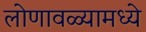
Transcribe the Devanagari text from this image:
लोणावळ्यामध्ये